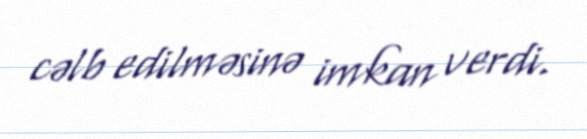
cəlb edilməsinə imkan verdi.